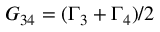
{ G _ { 3 4 } } = ( { \Gamma _ { 3 } } + { \Gamma _ { 4 } } ) / 2